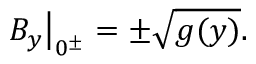
\left. B _ { y } \right| _ { 0 ^ { \pm } } = \pm \sqrt { g ( y ) } .